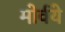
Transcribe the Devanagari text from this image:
मोर्वये